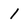
Character: l